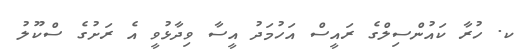
ކ. ހުރާ ކައުންސިލްގެ ރައީސް އަހުމަދު އީސާ ވިދާޅުވީ އެ ރަށުގެ ސްކޫލު